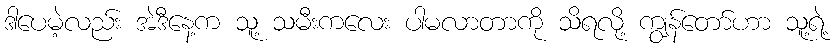
ဒါပေမဲ့လည်း အဲဒီနေ့က သူ့ သမီးကလေး ပါမလာတာကို သိရလို့ ကျွန်တော်ဟာ သူ့ရဲ့